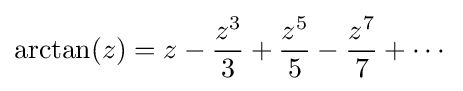
\arctan(z)=z-{\frac {z^{3}}{3}}+{\frac {z^{5}}{5}}-{\frac {z^{7}}{7}}+\cdots